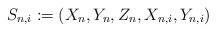
LaTeX: \begin{align*}S_{n,i} := (X_n, Y_n, Z_n, X_{n,i}, Y_{n,i})\end{align*}